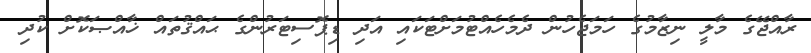
ރާއްޖޭގެ މާލީ ނިޒާމުގެ ހަމަޖެހުން ދެމެހެއްޓުމަށްޓަކައި އަދި ޑިޕޮސިޓަރުންގެ ޙައްޤުތައް ޚާއްޞަކޮށް ކުދި